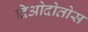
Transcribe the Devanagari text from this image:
दिओदोतोस